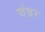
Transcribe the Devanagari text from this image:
चंबर